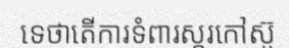
ទេថាតើការទំពារស្ករកៅស៊ូ